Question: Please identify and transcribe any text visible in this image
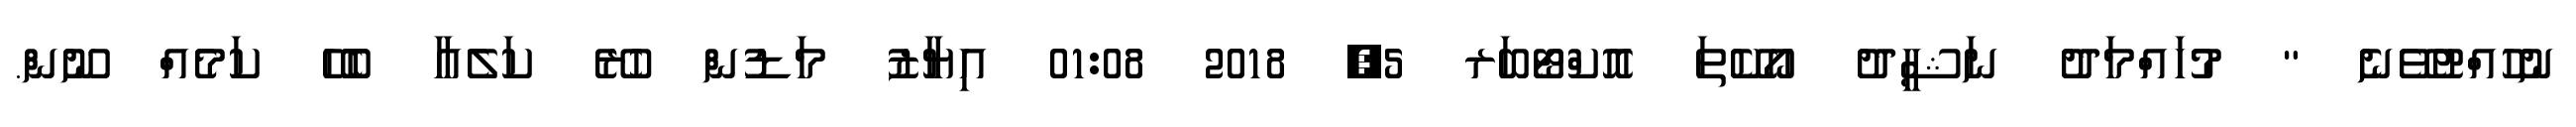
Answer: ނުހުއްޓުވޭނެ " މުހައްމަދު ނަޝީދު އޯކޭތަ އޮކްޓޯބަރ 5, 2018 01:08 އިޔާޒު މަޑުން ހުރޭ ކަލެއާ ބެހޭ ކަމެއް ނޫން.